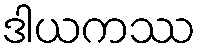
ဒါယကဿ